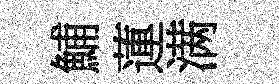
鯆蓮满